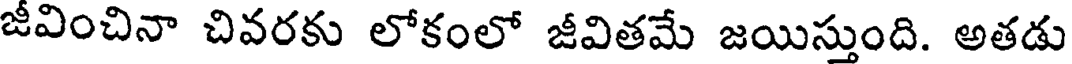
జీవించినా చివరకు లోకంలో జీవితమే జయిస్తుంది. అతడు